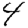
Digit: 4